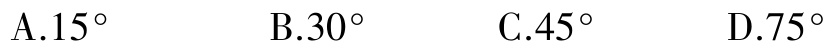
A.$15^{\circ}$  B.$30^{\circ}$  C.$45^{\circ}$  D.$75^{\circ}$